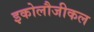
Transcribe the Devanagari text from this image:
इकोलौजीकल